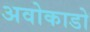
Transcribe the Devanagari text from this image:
अवोकाडो